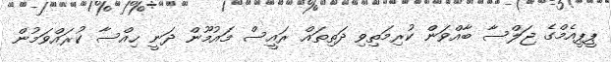
ޕީޕީއެމްގެ ޖަލްސާ ބާއްވަން ކުރިމަތިވި ދަތިތައް ރައީސް މައުމޫން ދަނީ ހިއްސާ ކުރައްވަމުން